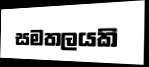
සමතලයකි